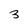
Character: 3